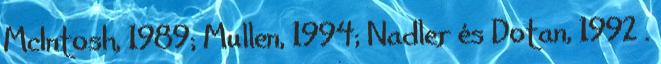
McIntosh, 1989; Mullen, 1994; Nadler és Dotan, 1992 .